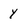
Character: Y